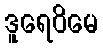
ဒူရေဝိမေ